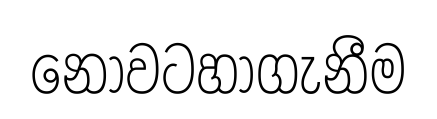
නොවටහාගැනීම